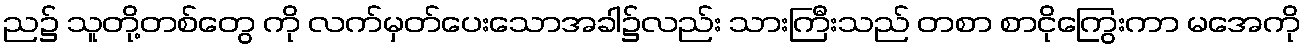
ည၌ သူတို့တစ်တွေ ကို လက်မှတ်ပေးသောအခါ၌လည်း သားကြီးသည် တစာ စာငိုကြွေးကာ မအေကို